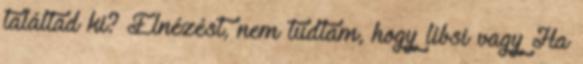
találtad ki? Elnézést, nem tudtam, hogy libsi vagy Ha